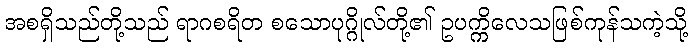
အစရှိသည်တို့သည် ရာဂစရိတ စသောပုဂ္ဂိုလ်တို့၏ ဥပက္ကိလေသဖြစ်ကုန်သကဲ့သို့